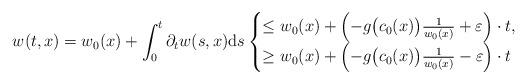
LaTeX: \begin{align*}w(t,x) = w_0(x) + \int_0^t \partial_t w(s,x) \mathrm{d}s\begin{cases}\leq w_0(x) + \left( -g\big(c_0(x)\big) \frac{1}{w_0(x)} + \varepsilon \right) \cdot t, \\\geq w_0(x) + \left( -g\big(c_0(x)\big) \frac{1}{w_0(x)} - \varepsilon \right) \cdot t\end{cases}\end{align*}